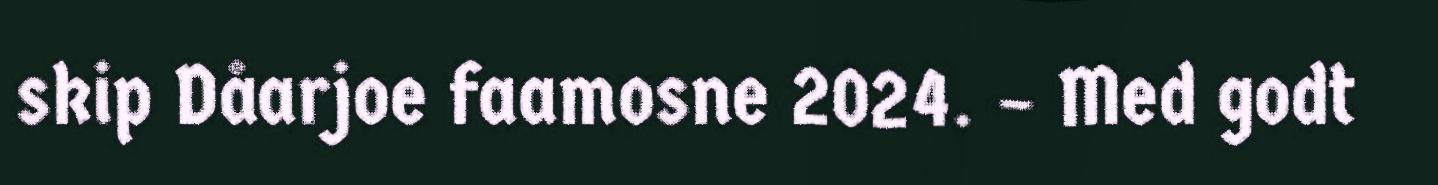
skip Dåarjoe faamosne 2024. – Med godt